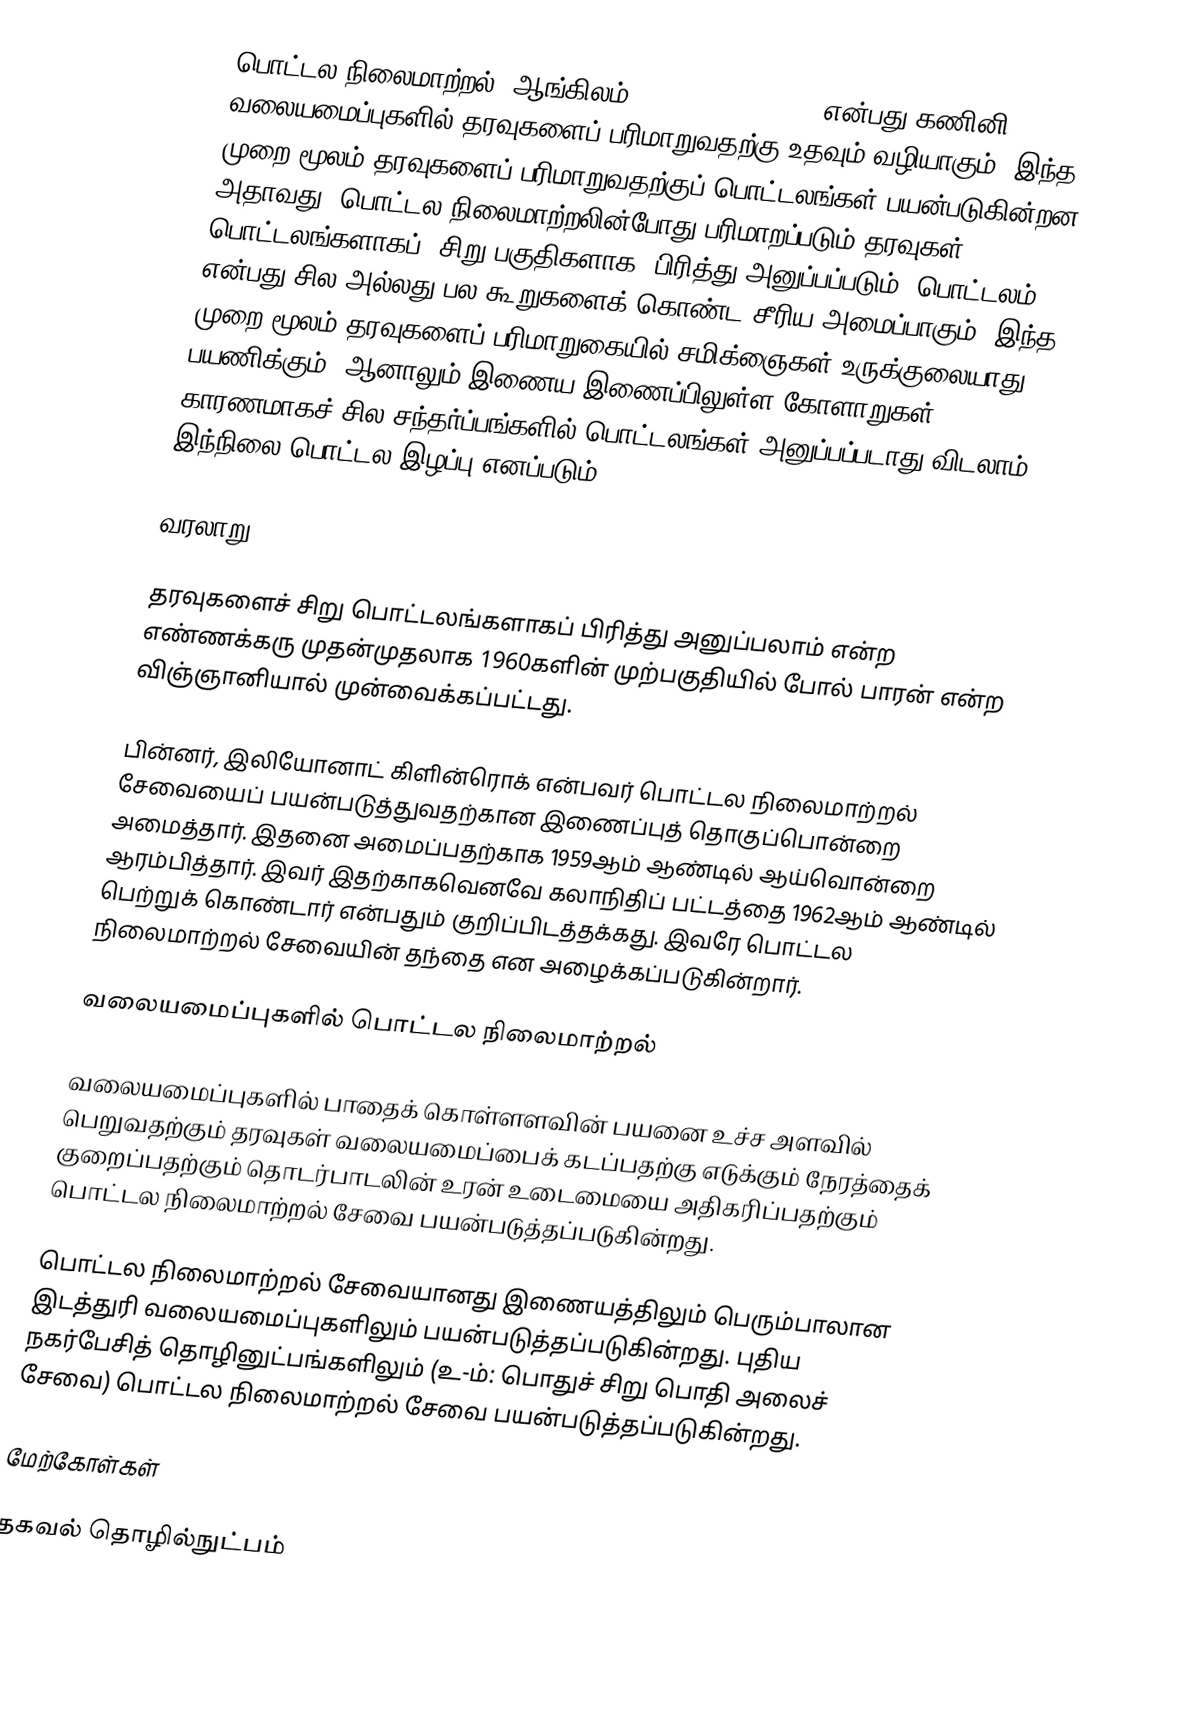
பொட்டல நிலைமாற்றல் (ஆங்கிலம்: Packet Switching) என்பது கணினி வலையமைப்புகளில் தரவுகளைப் பரிமாறுவதற்கு உதவும் வழியாகும். இந்த முறை மூலம் தரவுகளைப் பரிமாறுவதற்குப் பொட்டலங்கள் பயன்படுகின்றன. அதாவது, பொட்டல நிலைமாற்றலின்போது பரிமாறப்படும் தரவுகள் பொட்டலங்களாகப் (சிறு பகுதிகளாக) பிரித்து அனுப்பப்படும். பொட்டலம் என்பது சில அல்லது பல கூறுகளைக் கொண்ட சீரிய அமைப்பாகும். இந்த முறை மூலம் தரவுகளைப் பரிமாறுகையில் சமிக்ஞைகள் உருக்குலையாது பயணிக்கும். ஆனாலும் இணைய இணைப்பிலுள்ள கோளாறுகள் காரணமாகச் சில சந்தர்ப்பங்களில் பொட்டலங்கள் அனுப்பப்படாது விடலாம். இந்நிலை பொட்டல இழப்பு எனப்படும்.

வரலாறு

தரவுகளைச் சிறு பொட்டலங்களாகப் பிரித்து அனுப்பலாம் என்ற எண்ணக்கரு முதன்முதலாக 1960களின் முற்பகுதியில் போல் பாரன் என்ற விஞ்ஞானியால் முன்வைக்கப்பட்டது.

பின்னர், இலியோனாட் கிளின்ரொக் என்பவர் பொட்டல நிலைமாற்றல் சேவையைப் பயன்படுத்துவதற்கான இணைப்புத் தொகுப்பொன்றை அமைத்தார். இதனை அமைப்பதற்காக 1959ஆம் ஆண்டில் ஆய்வொன்றை ஆரம்பித்தார். இவர் இதற்காகவெனவே கலாநிதிப் பட்டத்தை 1962ஆம் ஆண்டில் பெற்றுக் கொண்டார் என்பதும் குறிப்பிடத்தக்கது. இவரே பொட்டல நிலைமாற்றல் சேவையின் தந்தை என அழைக்கப்படுகின்றார்.

வலையமைப்புகளில் பொட்டல நிலைமாற்றல்

வலையமைப்புகளில் பாதைக் கொள்ளளவின் பயனை உச்ச அளவில் பெறுவதற்கும் தரவுகள் வலையமைப்பைக் கடப்பதற்கு எடுக்கும் நேரத்தைக் குறைப்பதற்கும் தொடர்பாடலின் உரன் உடைமையை அதிகரிப்பதற்கும் பொட்டல நிலைமாற்றல் சேவை பயன்படுத்தப்படுகின்றது.

பொட்டல நிலைமாற்றல் சேவையானது இணையத்திலும் பெரும்பாலான இடத்துரி வலையமைப்புகளிலும் பயன்படுத்தப்படுகின்றது. புதிய நகர்பேசித் தொழினுட்பங்களிலும் (உ-ம்: பொதுச் சிறு பொதி அலைச் சேவை) பொட்டல நிலைமாற்றல் சேவை பயன்படுத்தப்படுகின்றது.

மேற்கோள்கள்

தகவல் தொழில்நுட்பம்